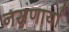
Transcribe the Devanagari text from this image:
नसणार्या